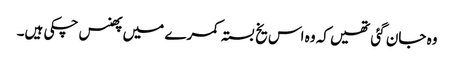
وہ جان گئی تھیں کہ وہ اس یخ بستہ کمرے میں پھنس چکی ہیں۔